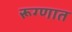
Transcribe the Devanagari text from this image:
रूग्णात